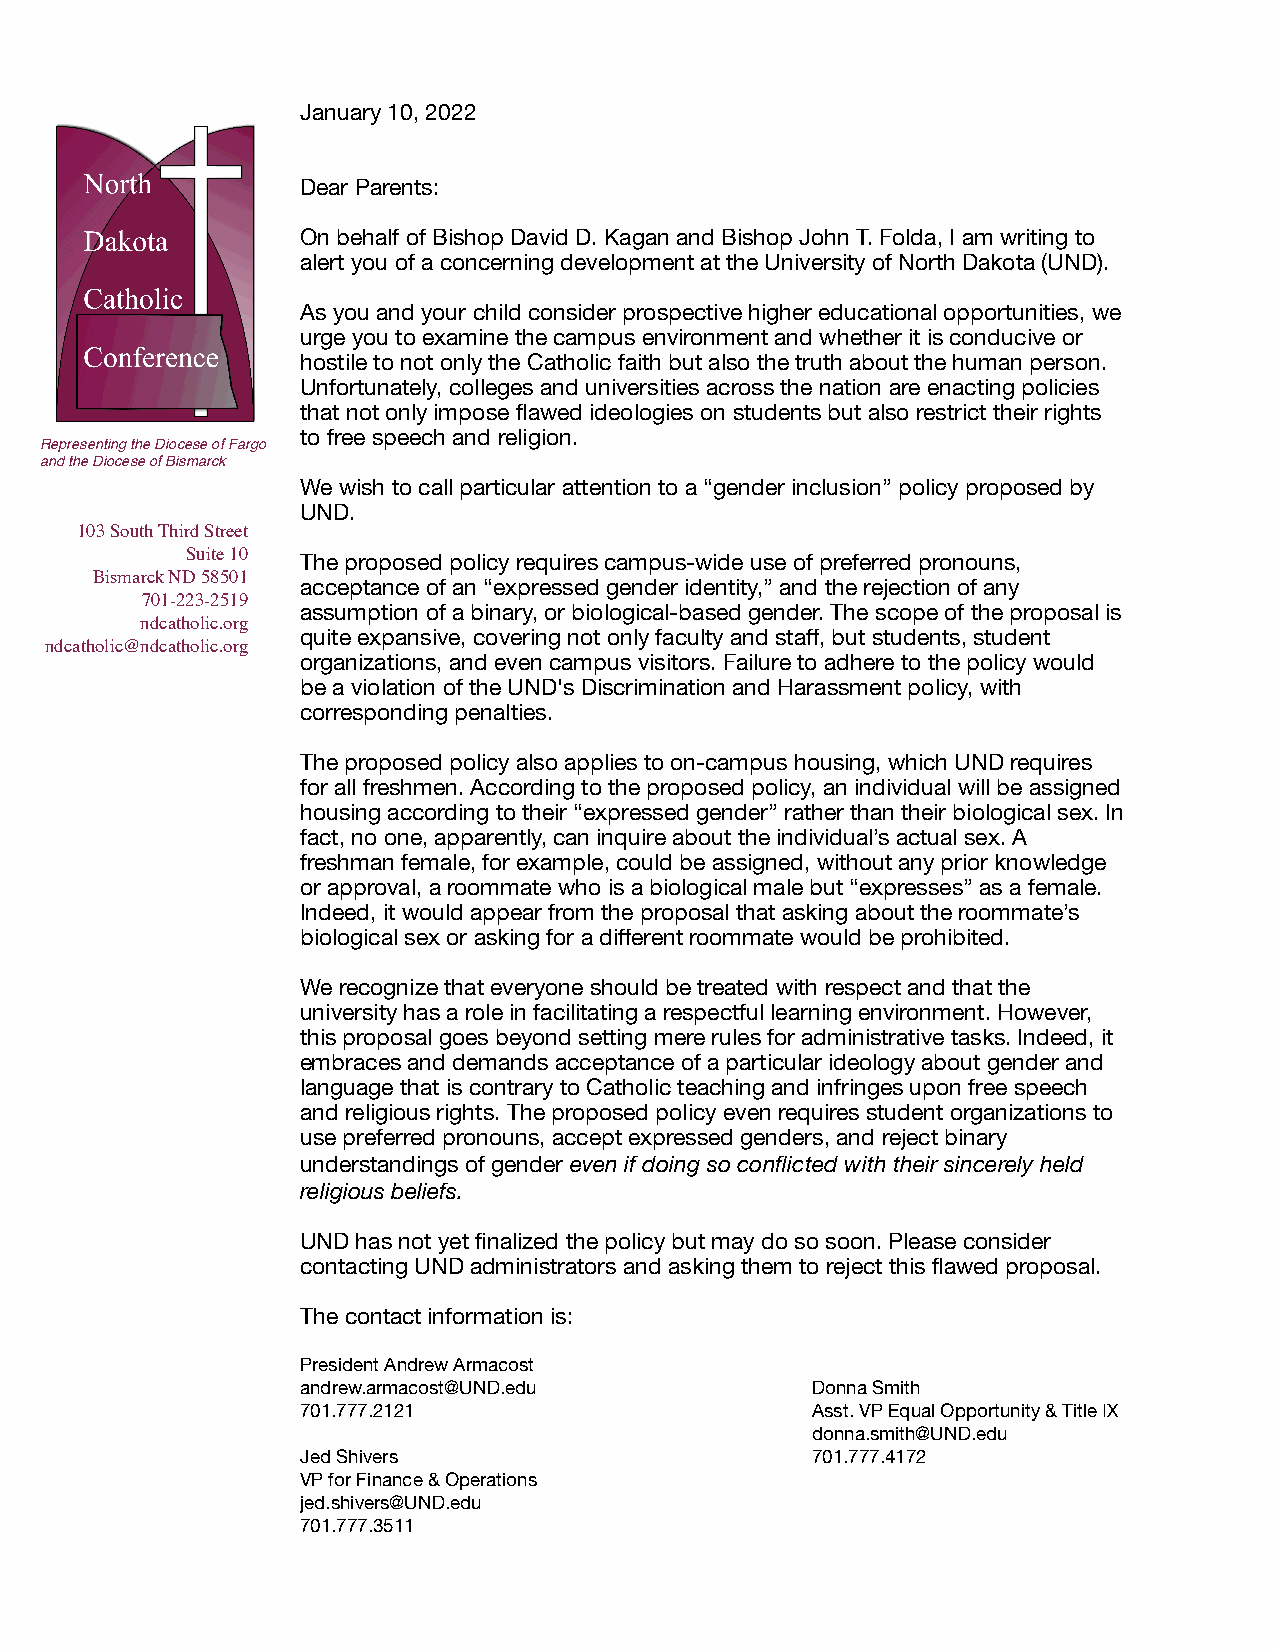
January 10, 2022
 Dear Parents:
 On behalf of Bishop David D. Kagan and Bishop John T. Folda, I am writing to
 alert you of a concerning development at the University of North Dakota (UND).
 As you and your child consider prospective higher educational opportunities, we
 urge you to examine the campus environment and whether it is conducive or
 hostile to not only the Catholic faith but also the truth about the human person.
 Unfortunately, colleges and universities across the nation are enacting policies
 that not only impose flawed ideologies on students but also restrict their rights
 to free speech and religion.
 Representing the Diocese of Fargo
 and the Diocese of Bismarck
 We wish to call particular attention to a “gender inclusion” policy proposed by
 UND.
 103 South Third Street
 Suite 10 The proposed policy requires campus-wide use of preferred pronouns,
 Bismarck ND 58501
 acceptance of an “expressed gender identity,” and the rejection of any
 701-223-2519
 assumption of a binary, or biological-based gender. The scope of the proposal is
 ndcatholic.org
 quite expansive, covering not only faculty and staff, but students, student
 ndcatholic@ndcatholic.org
 organizations, and even campus visitors. Failure to adhere to the policy would
 be a violation of the UND's Discrimination and Harassment policy, with
 corresponding penalties.
 The proposed policy also applies to on-campus housing, which UND requires
 for all freshmen. According to the proposed policy, an individual will be assigned
 housing according to their “expressed gender” rather than their biological sex. In
 fact, no one, apparently, can inquire about the individual’s actual sex. A
 freshman female, for example, could be assigned, without any prior knowledge
 or approval, a roommate who is a biological male but “expresses” as a female.
 Indeed, it would appear from the proposal that asking about the roommate’s
 biological sex or asking for a different roommate would be prohibited.
 We recognize that everyone should be treated with respect and that the
 university has a role in facilitating a respectful learning environment. However,
 this proposal goes beyond setting mere rules for administrative tasks. Indeed, it
 embraces and demands acceptance of a particular ideology about gender and
 language that is contrary to Catholic teaching and infringes upon free speech
 and religious rights. The proposed policy even requires student organizations to
 use preferred pronouns, accept expressed genders, and reject binary
 understandings of gender even if doing so conflicted with their sincerely held
 religious beliefs.
 UND has not yet finalized the policy but may do so soon. Please consider
 contacting UND administrators and asking them to reject this flawed proposal.
 The contact information is:
 President Andrew Armacost
 andrew.armacost@UND.edu           Donna Smith
 701.777.2121                      Asst. VP Equal Opportunity & Title IX
 donna.smith@UND.edu
 Jed Shivers                       701.777.4172
 VP for Finance & Operations
 jed.shivers@UND.edu
 701.777.3511